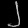
Digit: ၂